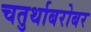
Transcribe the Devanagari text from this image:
चतुर्थाबरोबर